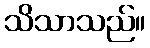
သိသာသည်။